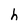
Character: h